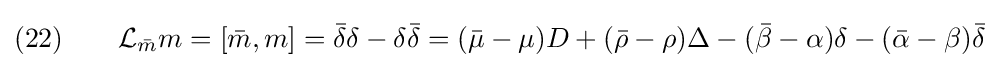
(22)\qquad {\mathcal {L}}_{\bar {m}}m=[{\bar {m}},m]={\bar {\delta }}\delta -\delta {\bar {\delta }}=({\bar {\mu }}-\mu )D+({\bar {\rho }}-\rho )\Delta -({\bar {\beta }}-\alpha )\delta -({\bar {\alpha }}-\beta ){\bar {\delta }}